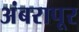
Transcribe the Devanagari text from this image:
अंबरापूर